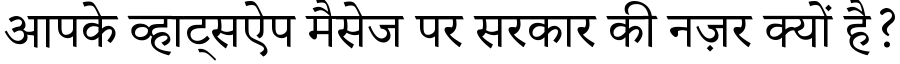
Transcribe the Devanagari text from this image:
आपके व्हाट्सऐप मैसेज पर सरकार की नज़र क्यों है?